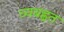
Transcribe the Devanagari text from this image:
व्यबह्वत